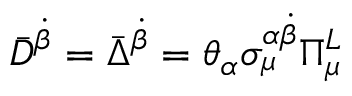
\bar { D } ^ { \dot { \beta } } = \bar { \Delta } ^ { \dot { \beta } } = \theta _ { \alpha } \sigma _ { \mu } ^ { \alpha \dot { \beta } } \Pi _ { \mu } ^ { L }